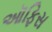
ઑફિસ